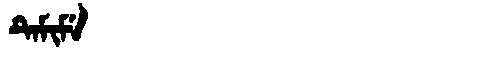
Manchu: ᡨᡝᠮᡳᠮᡝ
Romanization: TEMIME